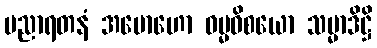
ပညာရတနံ အမောဟော ဓမ္မဝိစယော သမ္မာဒိဋ္ဌိ